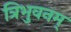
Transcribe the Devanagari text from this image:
त्रिभुवनम्